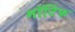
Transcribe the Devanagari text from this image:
मॉर्टिफ